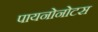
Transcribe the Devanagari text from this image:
पायनोनोटस